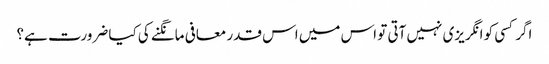
اگر کسی کو انگریزی نہیں آتی تو اس میں اس قدر معافی مانگنے کی کیا ضرورت ہے؟